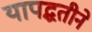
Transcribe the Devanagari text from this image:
यापद्धतीने